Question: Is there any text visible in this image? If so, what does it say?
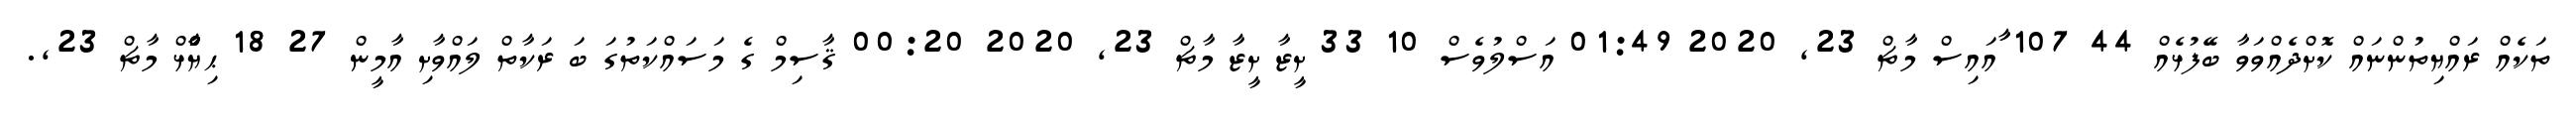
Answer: ތަކެއް ރައްޔިތުންނައް ކޮށްދެއްވަވާ ބޭފުޅެއް 44 107 ާައައިސް މާޗް 23, 2020 01:49 އަސްލުވެސް 10 33 ށީޒާ ށީޒާ މާޗް 23, 2020 00:20 ޤާސިމް ގެ މަސައްކަތުގަ ބަ ރަކާތް ލައްވާށި އާމީން 27 18 ޙިޔާާްްޅް މާޗް 23,.